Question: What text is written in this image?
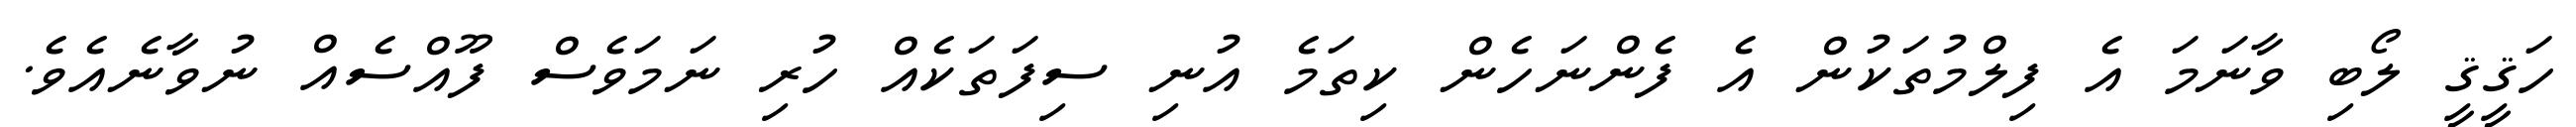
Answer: ހަޤީޤީ ލޯބި ވާނަމަ އެ ފިލްމުތަކުން އެ ފެންނަހެން ކިތަމެ އުނި ސިފަތަކެއް ހުރި ނަމަވެސް ފޫއްސެއް ނުވާނެއެވެ.